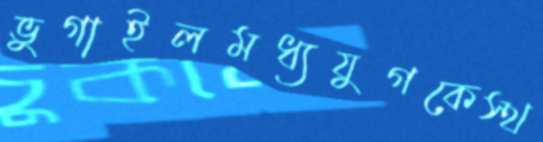
ভুগাইলমধ্যযুগকেস্থ